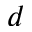
d